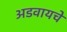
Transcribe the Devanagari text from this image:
अडवायचे